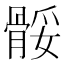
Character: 骽